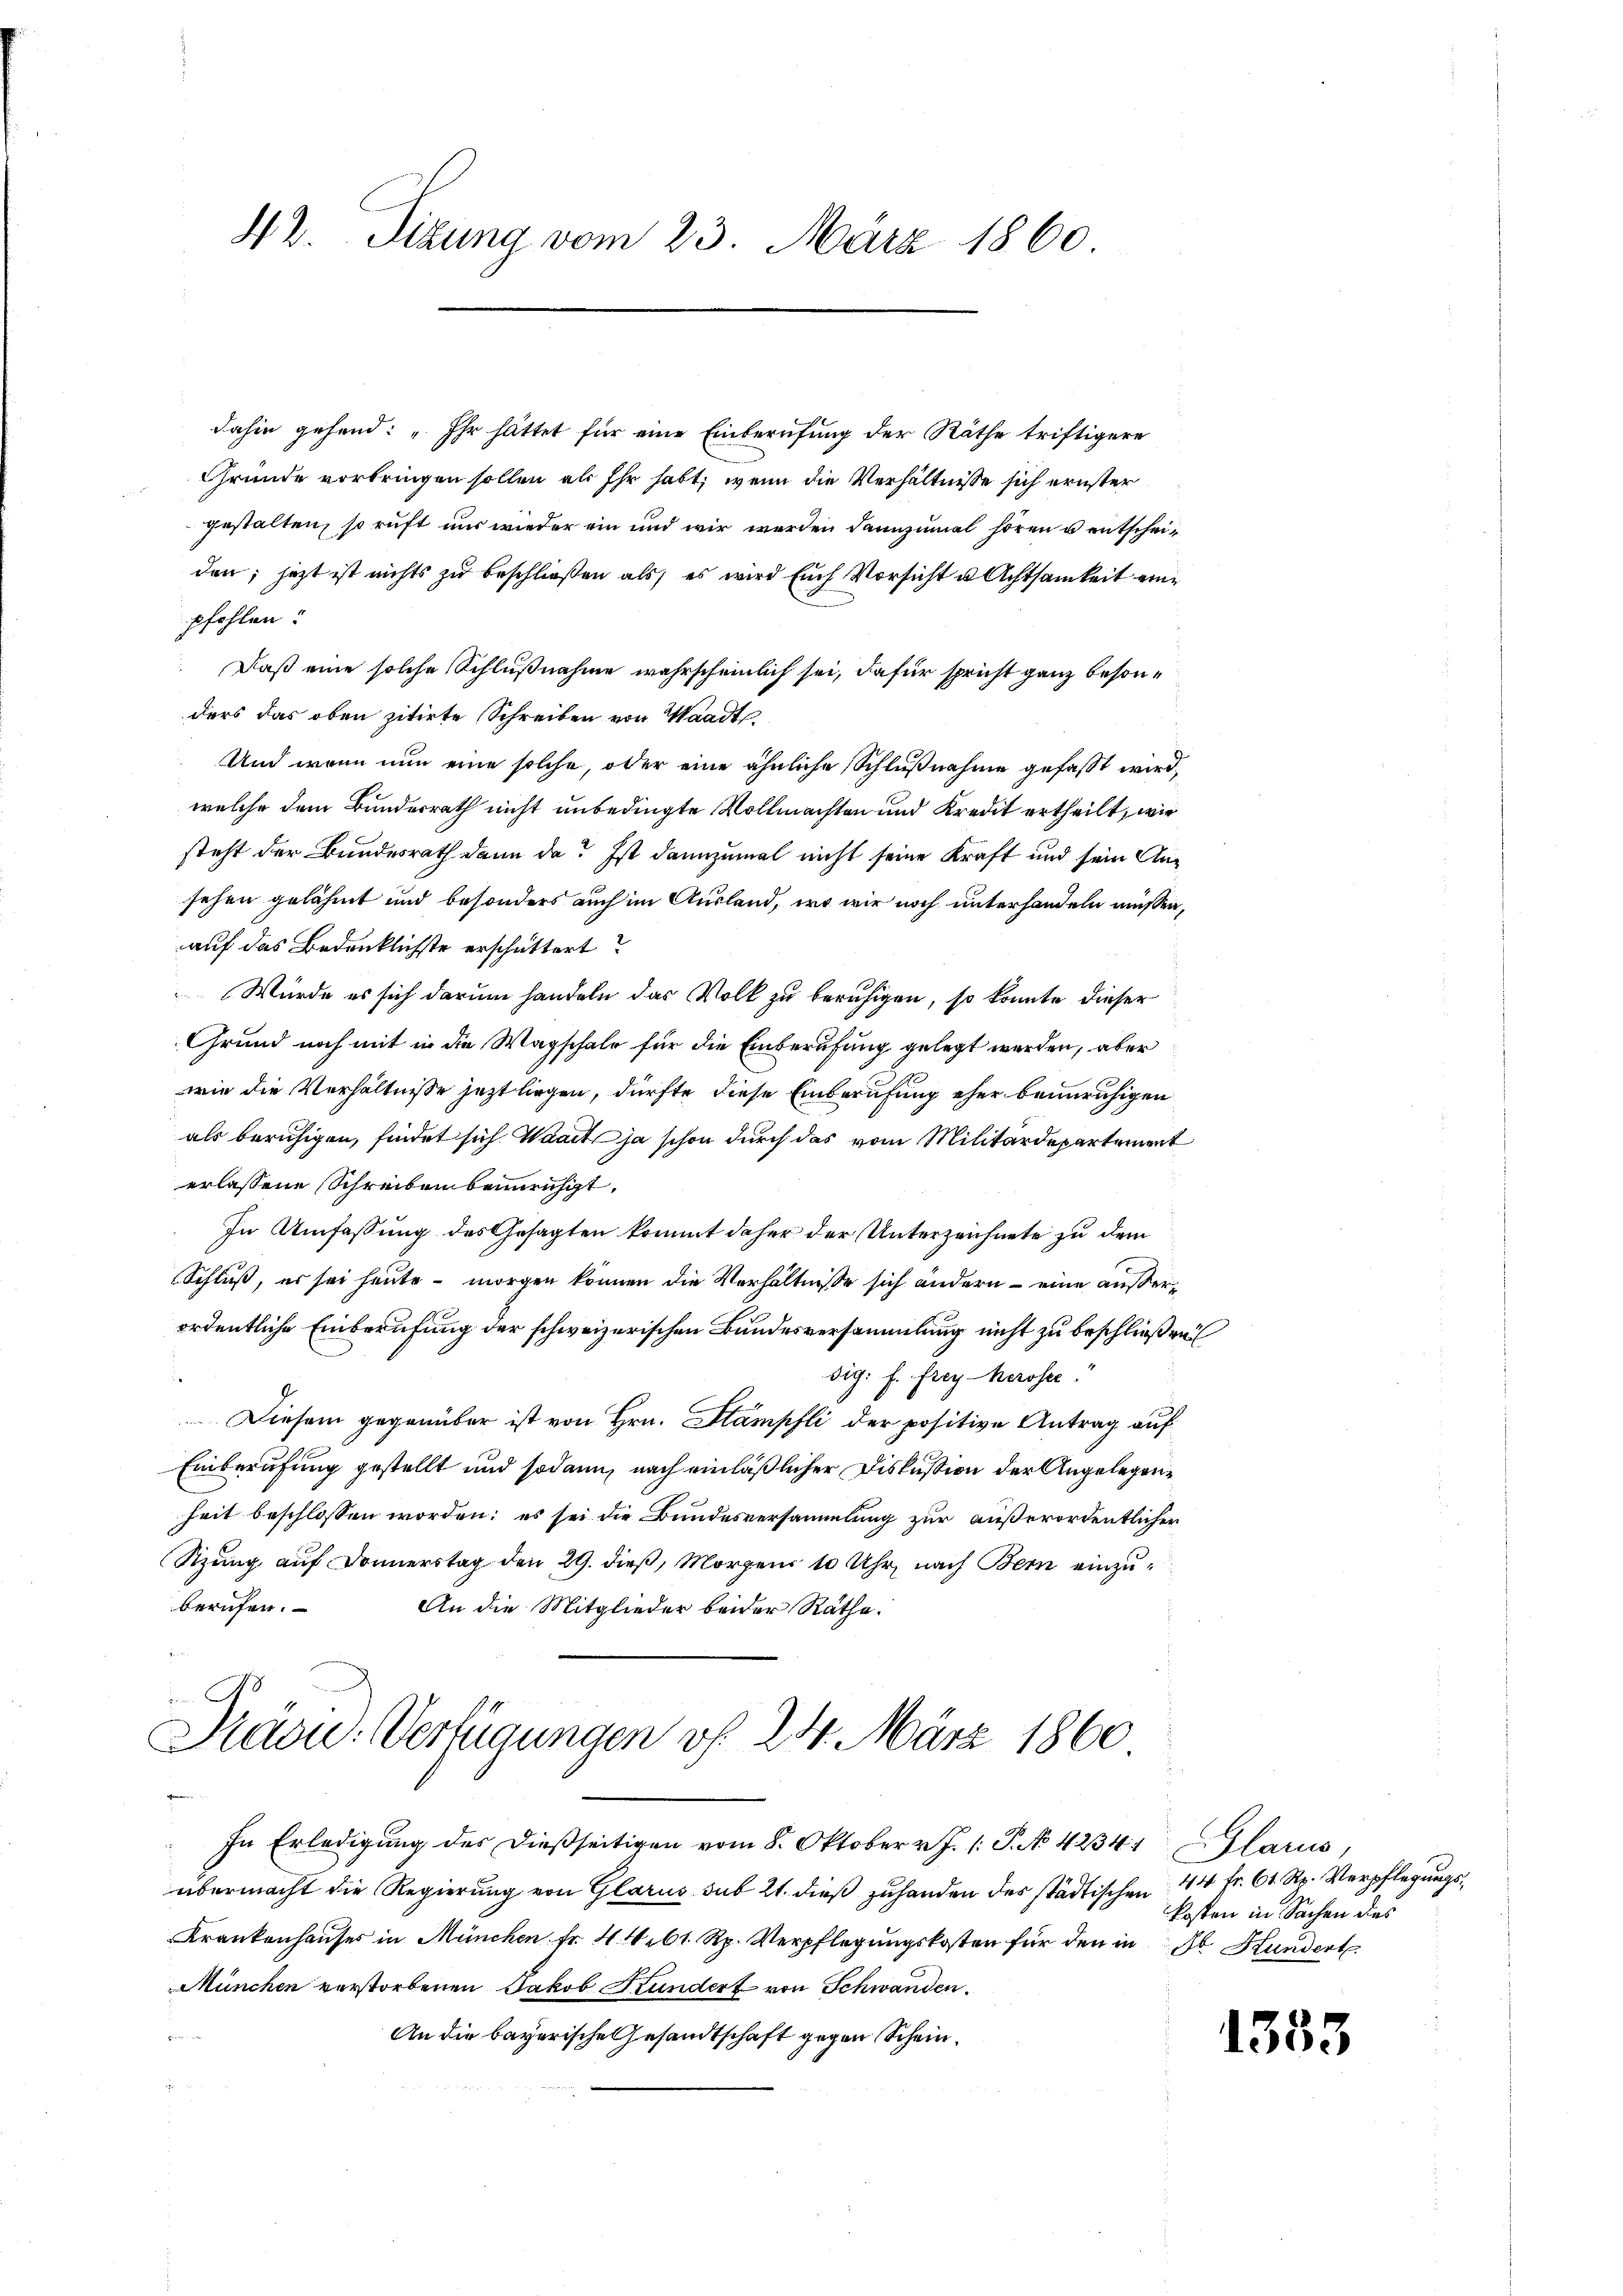
42. Sizung vom 23. März 1860

dahin gehend: „Ihr hattet für eine Einberufung der Räthe triftigere
Gründe vorbringen sollen als Ihr habt, wenn die Verhältnisse sich ernster
gestalten, so ruft uns wieder ein und wir werden dannzumal hören u entscheiden; jetzt ist nichts zu beschließen als es wird Euch Vorsicht u Achtsamkeit einpfehlen.
Daß eine solche Schlußnahme wahrscheinlich sei, dafür spricht ganz besonders das oben zitirte Schreiben von Waadt,
Und wenn nun eine solche, oder eine ähnliche Schlußnahme gefasst wird,
welche dem Bundesrath nicht unbedingte Vollmachten und Kredit ertheilt, wie
steht der Bundesrath dann da? Ist dannzumal nicht seine Kraft und sein Ansehen gelähmt und besonders auch im Ausland, wo wir noch unterhandeln müssen,
auf das Bedenklichste erschüttert?
Würde es sich darum handeln das Volk zu beruhigen, so konnte dieser
Grund noch mit in die Wagschale für die Einberufung gelegt werden, aber
wie die Verhältnisse jetzt liegen, dürfte diese Einberufung eher beunruhigen
als beruhigen, findet sich Waadt ja schon durch das vom Militärdepartement
erlassene Schreiben beunruhigt,
In Umfassung des Gesagten kommt daher der Unterzeichnete zu dem
Schluß, es sei heute – morgen können die Verhältnisse sich andern – eine außerordentliche Einberufung der schweizerischen Bundesversammlung nicht zu beschließen
dig. f. Frey-Kerosec
Diesem gegenüber ist von Hrn. Stampfli der positive Antrag auf
Einberufung gestellt und sodann, nach einläßlicher Diskussion der Angelegenheit beschlossen worden; es sei die Bundesversammlung zur außerordentlichen
Sizung auf Donnerstag den 29. dieß, Morgens 10 Uhr, nach Bern einzuberufen.
An die Mitglieder beider Rathe.

Präcu-Verfügungen vf. 24. März 1860

In Erledigung des dießseitigen vom 8. Oktober v. J. 1: P. No 42341 Glarus,
übermacht die Regierung von Glarus sub 21. dieß zuhanden des städtischen 44 fr. 61 Rp. Verpflegungs¬
Krankenhauses in München Fr. 4. 461 Rp. Verpflegungskosten für den in
München verstorbenen Jakob Stundert von Schwanden.
An die bayerische Gesandtschaft gegen Schein.

kosten in Sachen dies
Jb. Hundert.

1353